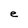
Character: e